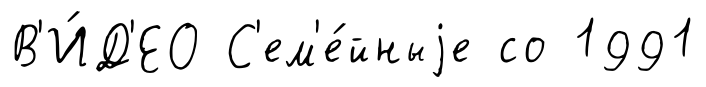
В'И́Д'ЕО С'ем'е́йныjе со 1991